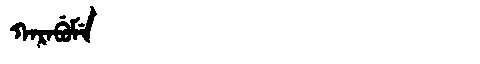
Manchu: ᡴᠠᡵᠠᠪᡠᠮᡝ
Romanization: KARABUME